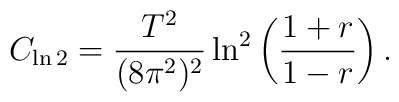
C_{\ln 2}=\frac{T^2}{(8\pi^2)^2}\ln^2\left(\frac{1+r}{1-r}\right).